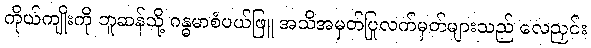
ကိုယ်ကျိုးကို ဘူဆန်သို့ ဂန္ဓမာစံပယ်ဖြူ အသိအမှတ်ပြုလက်မှတ်များသည် လေညှင်း